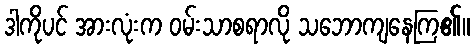
ဒါကိုပင် အားလုံးက ဝမ်းသာစရာလို သဘောကျနေကြ၏။